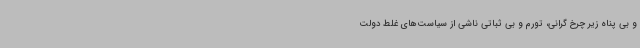
و بی پناه زیر چرخ گرانی، تورم و بی ثباتی ناشی از سیاست‌های غلط دولت